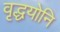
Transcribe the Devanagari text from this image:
वृद्धयोनि